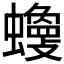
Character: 𧓾